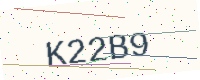
Text: K22B9